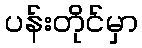
ပန်းတိုင်မှာ